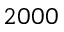
2 0 0 0